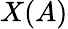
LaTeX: X(A)